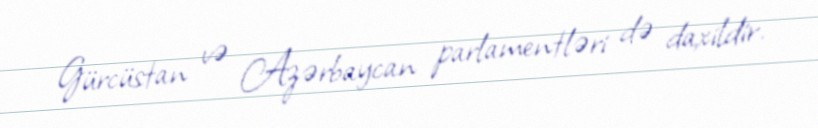
Gürcüstan və Azərbaycan parlamentləri də daxildir.